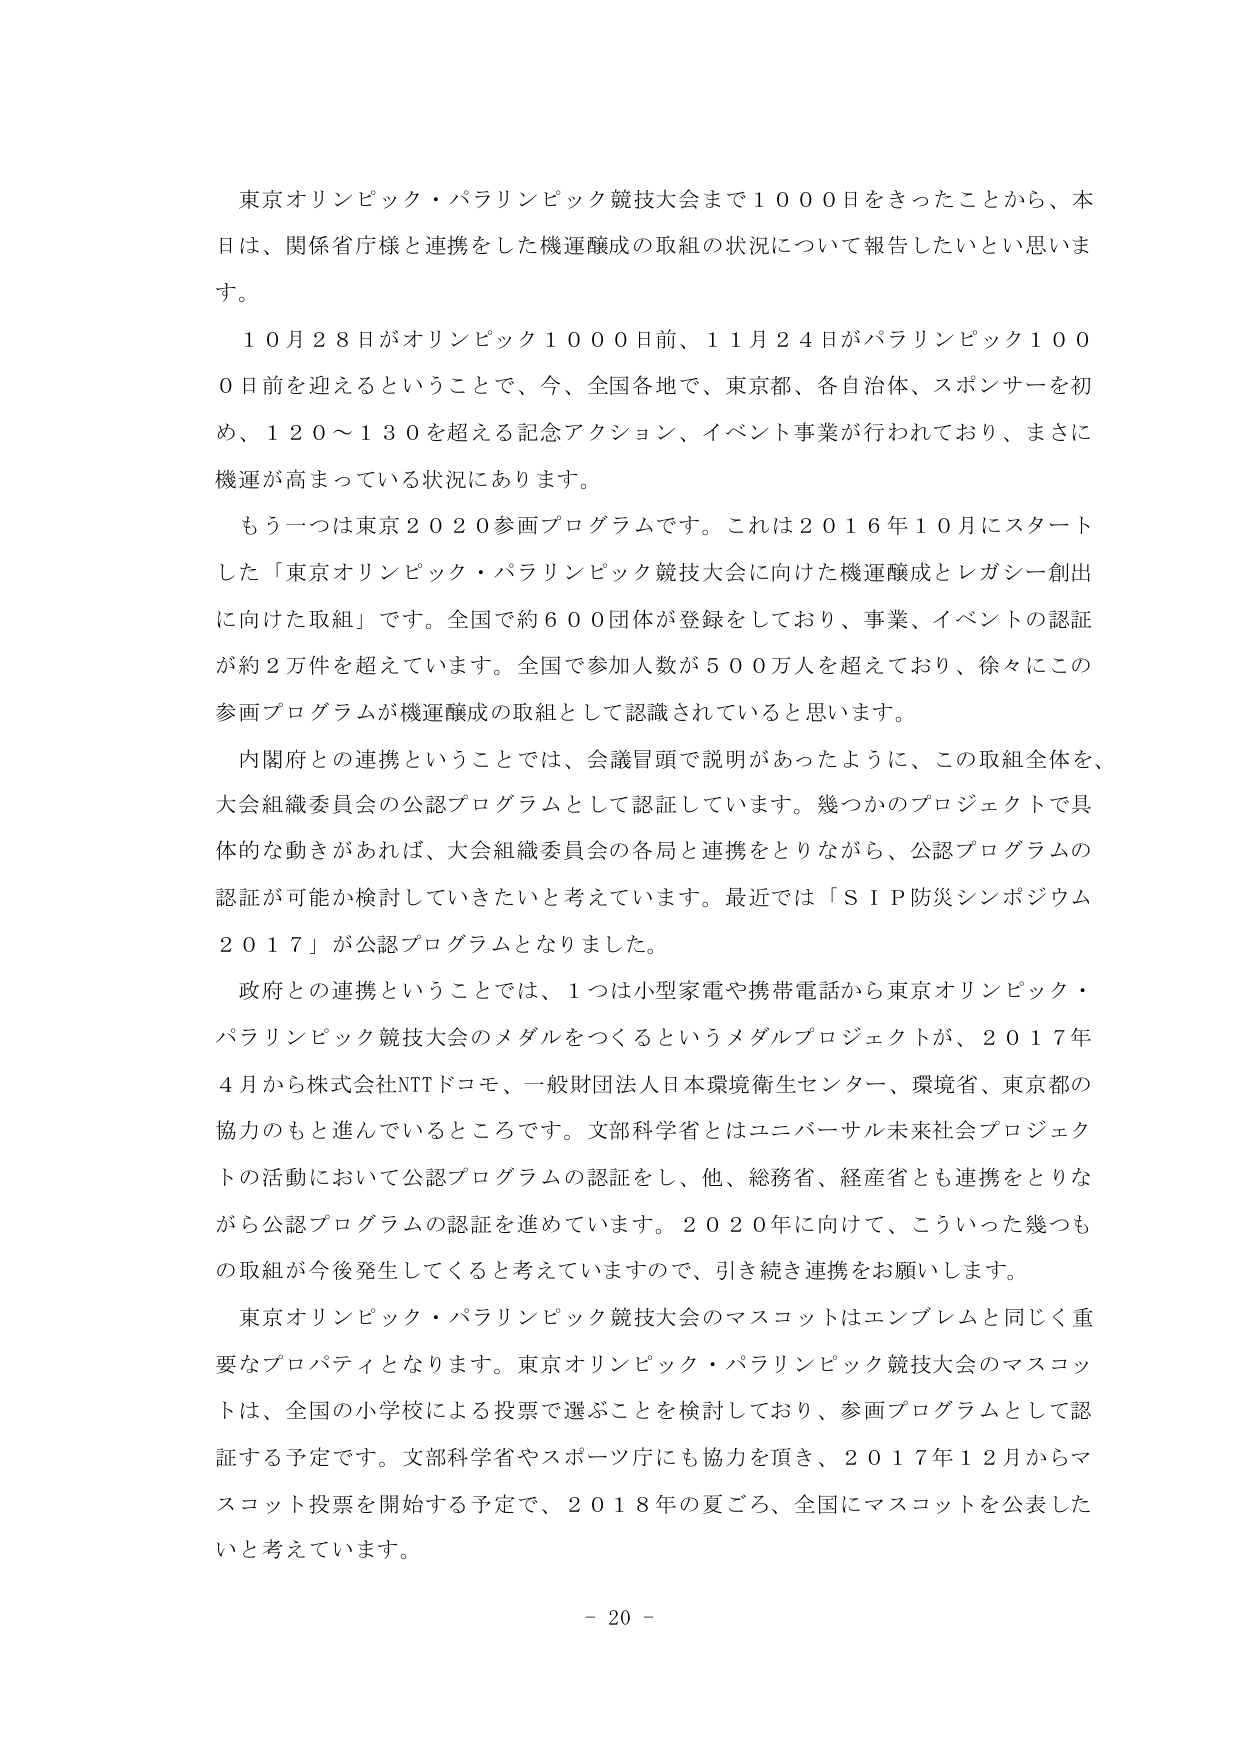
東京オリンピック・パラリンピック競技大会まで１０００日をきったことから、本日は、関係省庁様と連携をした機運醸成の取組の状況について報告したいと思います。

１０月２８日がオリンピック１０００日前、１１月２４日がパラリンピック１０００日前を迎えるということで、今、全国各地で、東京都、各自治体、スポンサーを初め、１２０～１３０を超える記念アクション、イベント事業が行われており、まさに機運が高まっている状況にあります。

もう一つは東京２０２０参画プログラムです。これは２０１６年１０月にスタートした「東京オリンピック・パラリンピック競技大会に向けた機運醸成とレガシー創出に向けた取組」です。全国で約６００団体が登録をしており、事業、イベントの認証が約２万件を超えています。全国で参加人数が５００万人を超えており、徐々にこの参画プログラムが機運醸成の取組として認識されていると思います。

内閣府との連携ということでは、会議冒頭で説明があったように、この取組全体を、大会組織委員会の公認プログラムとして認証しています。幾つかのプロジェクトで具体的な動きがあれば、大会組織委員会の各局と連携をとりながら、公認プログラムの認証が可能か検討していきたいと考えています。最近では「ＳＩＰ防災シンポジウム２０１７」が公認プログラムとなりました。

政府との連携ということでは、１つは小型家電や携帯電話から東京オリンピック・パラリンピック競技大会のメダルをつくるというメダルプロジェクトが、２０１７年４月から株式会社NTTドコモ、一般財団法人日本環境衛生センター、環境省、東京都の協力のもと進んでいるところです。文部科学省とはユニバーサル未来社会プロジェクトの活動において公認プログラムの認証をし、他、総務省、経産省とも連携をとりながら公認プログラムの認証を進めています。２０２０年に向けて、こういった幾つもの取組が今後発生してくると考えていますので、引き続き連携をお願いします。

東京オリンピック・パラリンピック競技大会のマスコットはエンブレムと同じく重要なプロパティとなります。東京オリンピック・パラリンピック競技大会のマスコットは、全国の小学校による投票で選ぶことを検討しており、参画プログラムとして認証する予定です。文部科学省やスポーツ庁にも協力を頂き、２０１７年１２月からマスコット投票を開始する予定で、２０１８年の夏ごろ、全国にマスコットを公表したいと考えています。

－ 20 －